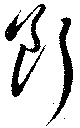
斷